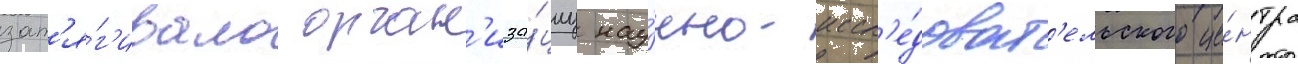
зат'я́г'ивало орган'иза́циу нау́чно-иссл'е́доват'ельского це́нтра